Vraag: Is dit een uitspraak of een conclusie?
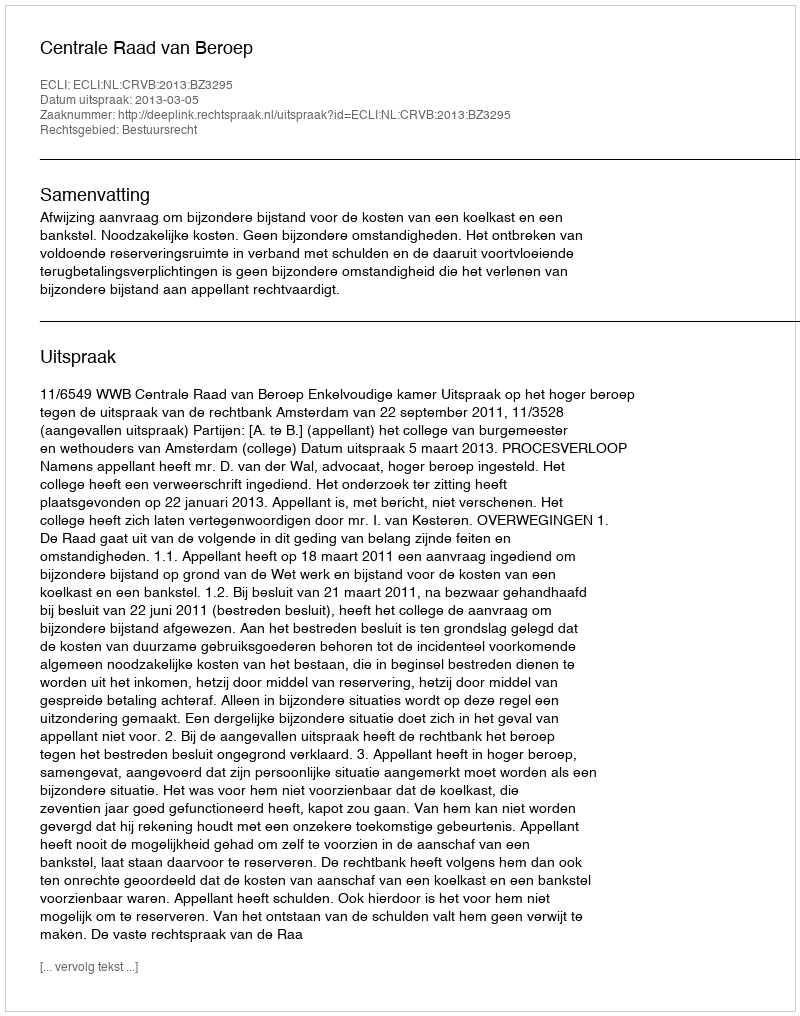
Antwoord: Uitspraak